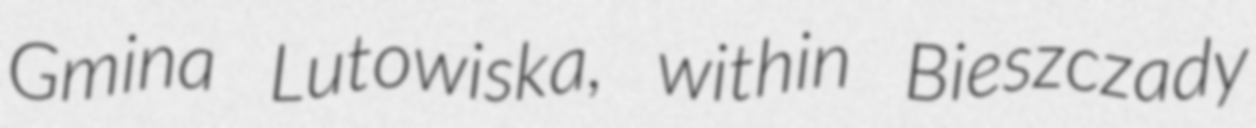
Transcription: Gmina Lutowiska, within Bieszczady